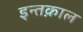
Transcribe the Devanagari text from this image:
इन्तक़ाल